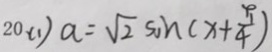
2 0 ( 1 ) a = \sqrt { 2 } \sin ( x + \frac { \pi } { 4 } )